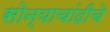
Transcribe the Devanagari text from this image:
सोन्याचांदीचे